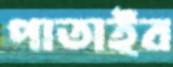
পাতাইব